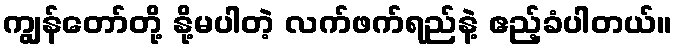
ကျွန်တော်တို့ နို့မပါတဲ့ လက်ဖက်ရည်နဲ့ ဧည့်ခံပါတယ်။